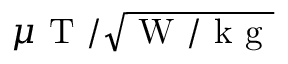
\mu \mathrm { ~ T ~ } / \sqrt { \mathrm { ~ W ~ / ~ k ~ g ~ } }